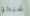
شيكو